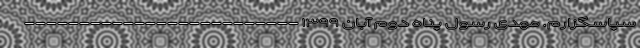
سپاسگزارم. مهدی رسول پناه دوم آبان ۱۳۹۹ -------------------------